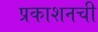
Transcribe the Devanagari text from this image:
प्रकाशनची